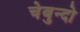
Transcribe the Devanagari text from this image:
चेबुन्दो